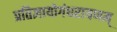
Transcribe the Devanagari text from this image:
प्रतिज्ञायोगंधरायणम्